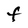
Character: F